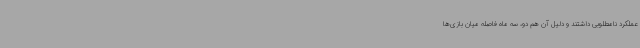
عملکرد نامطلوبی داشتند و دلیل آن هم دو، سه ماه فاصله میان بازی‌ها